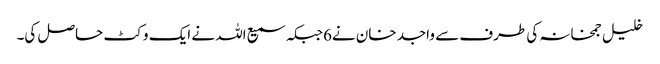
خلیل جمخانہ کی طرف سے واجد خان نے6جبکہ سمیع اللہ نے ایک وکٹ حاصل کی۔